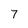
Character: 7